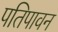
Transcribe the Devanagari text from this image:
पतिपावन